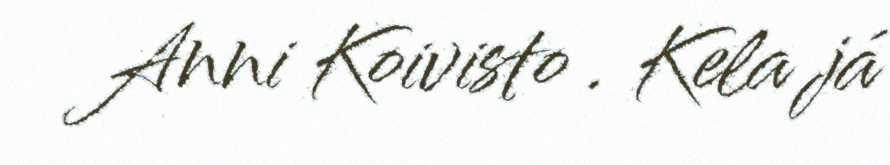
Anni Koivisto . Kela já